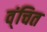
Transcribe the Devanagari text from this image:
व्ंचित